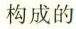
构成的